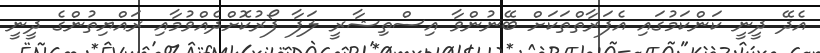
އެދޭ ދީނީ ކަންކަމުގައި އެފަރާތްތަކަށް ބޭނުންވާ އިސްތިޝާރީ ލަފާ ފޯރުކޮށްދެއްވުމާއި ރައްޔިތުންގެ ދީނީ